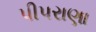
પીપરાણા